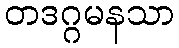
တဒဂ္ဂမနသာ